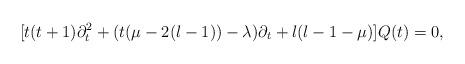
LaTeX: \begin{align*}[t(t+1) \partial_t^2 + (t(\mu-2(l-1))-\lambda)\partial_t+l(l-1-\mu)]Q(t)=0,\end{align*}